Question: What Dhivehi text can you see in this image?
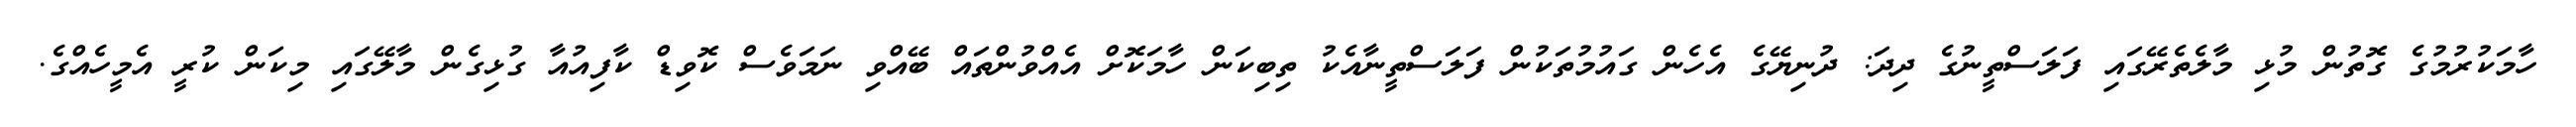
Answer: ހާމަކުރުމުގެ ގޮތުން މުޅި މާލެތެރޭގައި ފަލަސްތީނުގެ ދިދަ: ދުނިޔޭގެ އެހެން ގައުމުތަކުން ފަލަސްތީނާއެކު ތިބިކަން ހާމަކޮށް އެއްވުންތައް ބޭއްވި ނަމަވެސް ކޮވިޑް ކާފިއުއާ ގުޅިގެން މާލޭގައި މިކަން ކުރީ އެމީހެއްގެ.